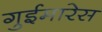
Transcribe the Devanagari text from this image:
गुईमारेस